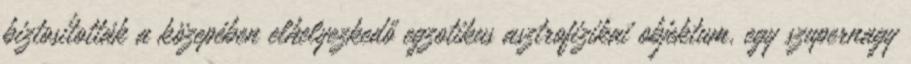
biztosították a közepében elhelyezkedő egzotikus asztrofizikai objektum, egy szupernagy